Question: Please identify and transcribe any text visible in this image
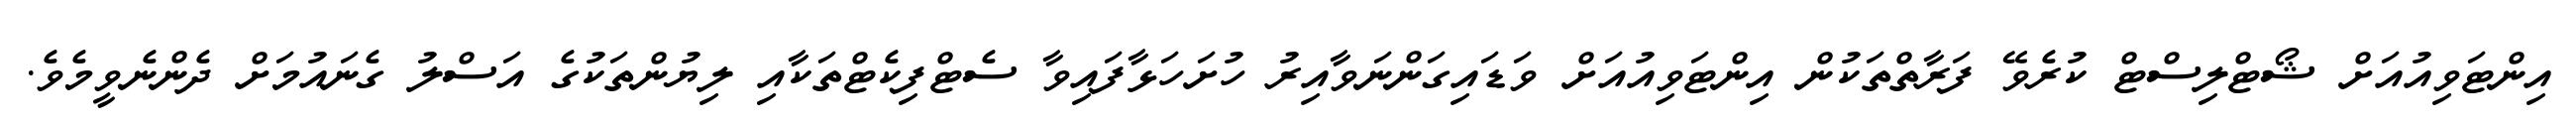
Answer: އިންޓަވިއުއަށް ޝޯޓްލިސްޓް ކުރެވޭ ފަރާތްތަކުން އިންޓަވިއުއަށް ވަޑައިގަންނަވާއިރު ހުށަހަޅާފައިވާ ސެޓްފިކެޓްތަކާއި ލިޔުންތަކުގެ އަސްލު ގެނައުމަށް ދެންނެވީމެވެ.